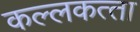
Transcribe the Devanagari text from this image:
कल्‍लकत्‍ता